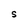
Character: S